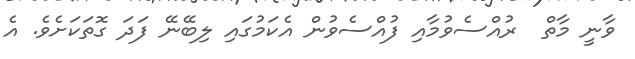
ވާނީ މާތް  ރުއްސެވުމާއި ފުއްސެވުން އެކަމުގައި ލިބޭނޭ ފަދަ ގޮތަކަށެވެ. އެ